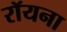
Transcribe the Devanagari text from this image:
रॉयना